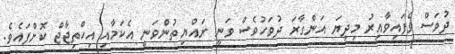
ދުވަސް ވެފައިވާއިރު މިދިޔަ އަންގާރަ ދުވަހުވެސް ވަނީ ރައްޔިތުންވަނީ އެކަމާއި އިހްތިޖާޖް ކޮށްފައެވެ.